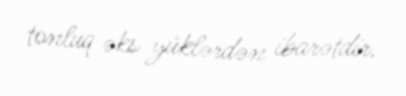
tonluq əks yüklərdən ibarətdir.